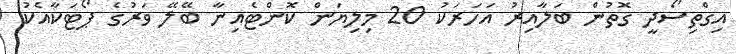
އިގްތިސޯދީ ގޮތުން ބަލާއިރު އަހަރަކު 20 މިލިޔަން ކޮންޓެއިނާ ބޭލޭ ވަރުގެ ޕޯޓަކާއެކު